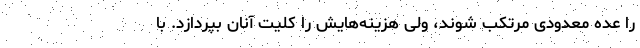
را عده معدودی مرتکب شوند، ولی هزینه‌هایش را کلیت آنان بپردازد. با